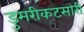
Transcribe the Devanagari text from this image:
डुमरीकटसारी